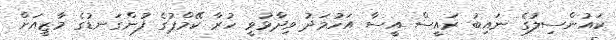
ކައުންސިލުގެ ނައިބު ރައީސް އީސާ އަހުމަދު ވިދާޅުވީ ހުރާ ކޭމްޕުގެ ފުންގަނޑުގެ މާޒީއަށް